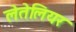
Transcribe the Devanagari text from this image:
लेतेलियर